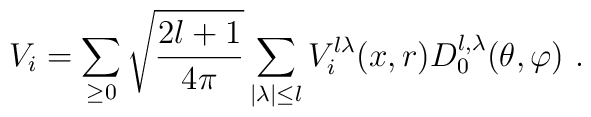
V_i= \sum_{\geq 0}\sqrt{\frac{2l+1}{4\pi}}\sum_{\mid  \lambda\mid\leq l} V^{l\lambda}_i (x, r)  D_0 ^{l,\lambda}(\theta,\varphi)~.